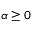
\alpha \ge 0